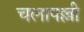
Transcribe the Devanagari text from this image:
चलापल्ली